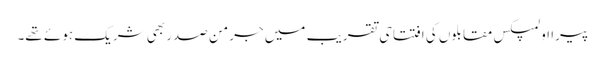
پیرا اولمپکس مقابلوں کی افتتاحی تقریب میں جرمن صدر بھی شریک ہوئے تھے۔